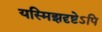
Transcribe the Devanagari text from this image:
यस्मिझदृष्टेऽपि